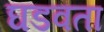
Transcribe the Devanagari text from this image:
घडवता